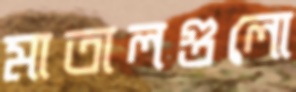
মাতালগুলো